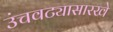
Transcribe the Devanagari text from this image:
उंचवट्यासारखे